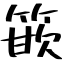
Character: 篏